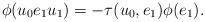
LaTeX: \begin{align*}\phi(u_0e_1u_1) = -\tau(u_0,e_1) \phi(e_1).\end{align*}